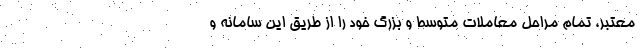
معتبر، تمام مراحل معاملات متوسط و بزرگ خود را از طریق این سامانه و